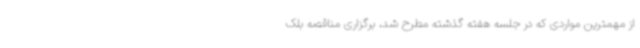
از مهمترین مواردی که در جلسه هفته گذشته مطرح شد، برگزاری مناقصه بلک